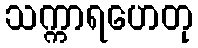
သက္ကာရဟေတု